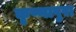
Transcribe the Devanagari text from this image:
कृष्णापुरा